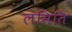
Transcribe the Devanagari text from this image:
लमिति